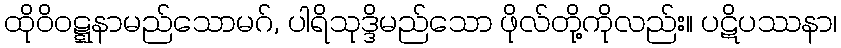
ထိုဝိဝဋ္ဋနာမည်သောမဂ်, ပါရိသုဒ္ဒိမည်သော ဖိုလ်တို့ကိုလည်း။ ပဋိပဿနာ၊